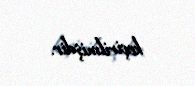
keçirilmişdir.